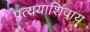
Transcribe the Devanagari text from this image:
प्रत्ययाशिवाय